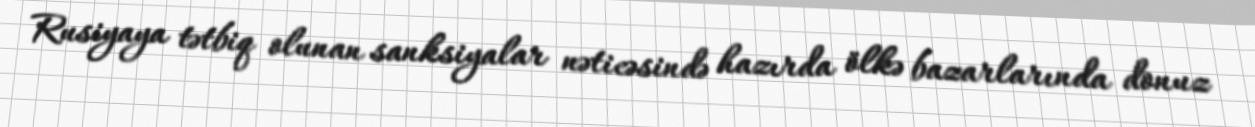
Rusiyaya tətbiq olunan sanksiyalar nəticəsində hazırda ölkə bazarlarında donuz